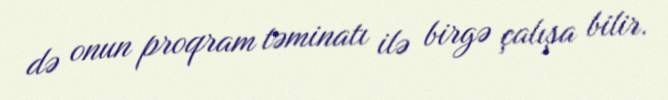
də onun proqram təminatı ilə birgə çalışa bilir.